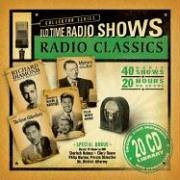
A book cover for Radio Classics: Old Time Radio (Collectors); Humor & Entertainment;